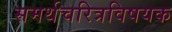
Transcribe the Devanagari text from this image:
समर्थचरित्रविषयक